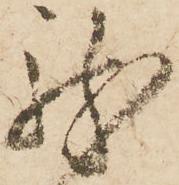
龍